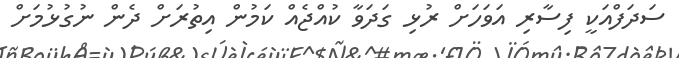
ސަދަފްއަކީ ފިސާރި އަވަހަށް ރުޅި ގަދަވާ ކުއްޖެއް ކަމުން އިތުރަށް ދެން ނުގުޅުމަށް